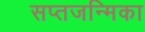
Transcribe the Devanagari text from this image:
सप्तजन्मिका